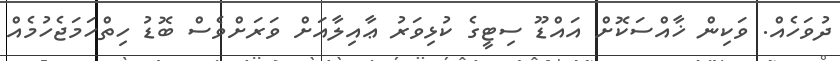
ދުވަހެއް. ވަކިން ޚާއްސަކޮށް އައްޑޫ ސިޓީގެ ކުޅިވަރު ޢާއިލާއަށް ވަރަށްވެސް ބޮޑު ހިތްހަމަޖެހުމެއް